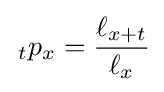
\,{}_{t}p_{x}={\ell _{x+t} \over \ell _{x}}